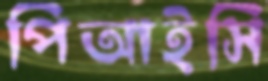
পিআইসি